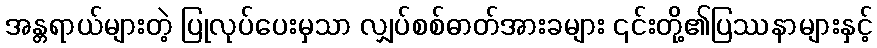
အန္တရာယ်များတဲ့ ပြုလုပ်ပေးမှသာ လျှပ်စစ်ဓာတ်အားခများ ၎င်းတို့၏ပြဿနာများနှင့်